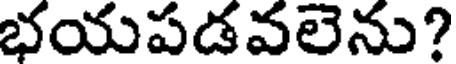
భయపడవలెను?